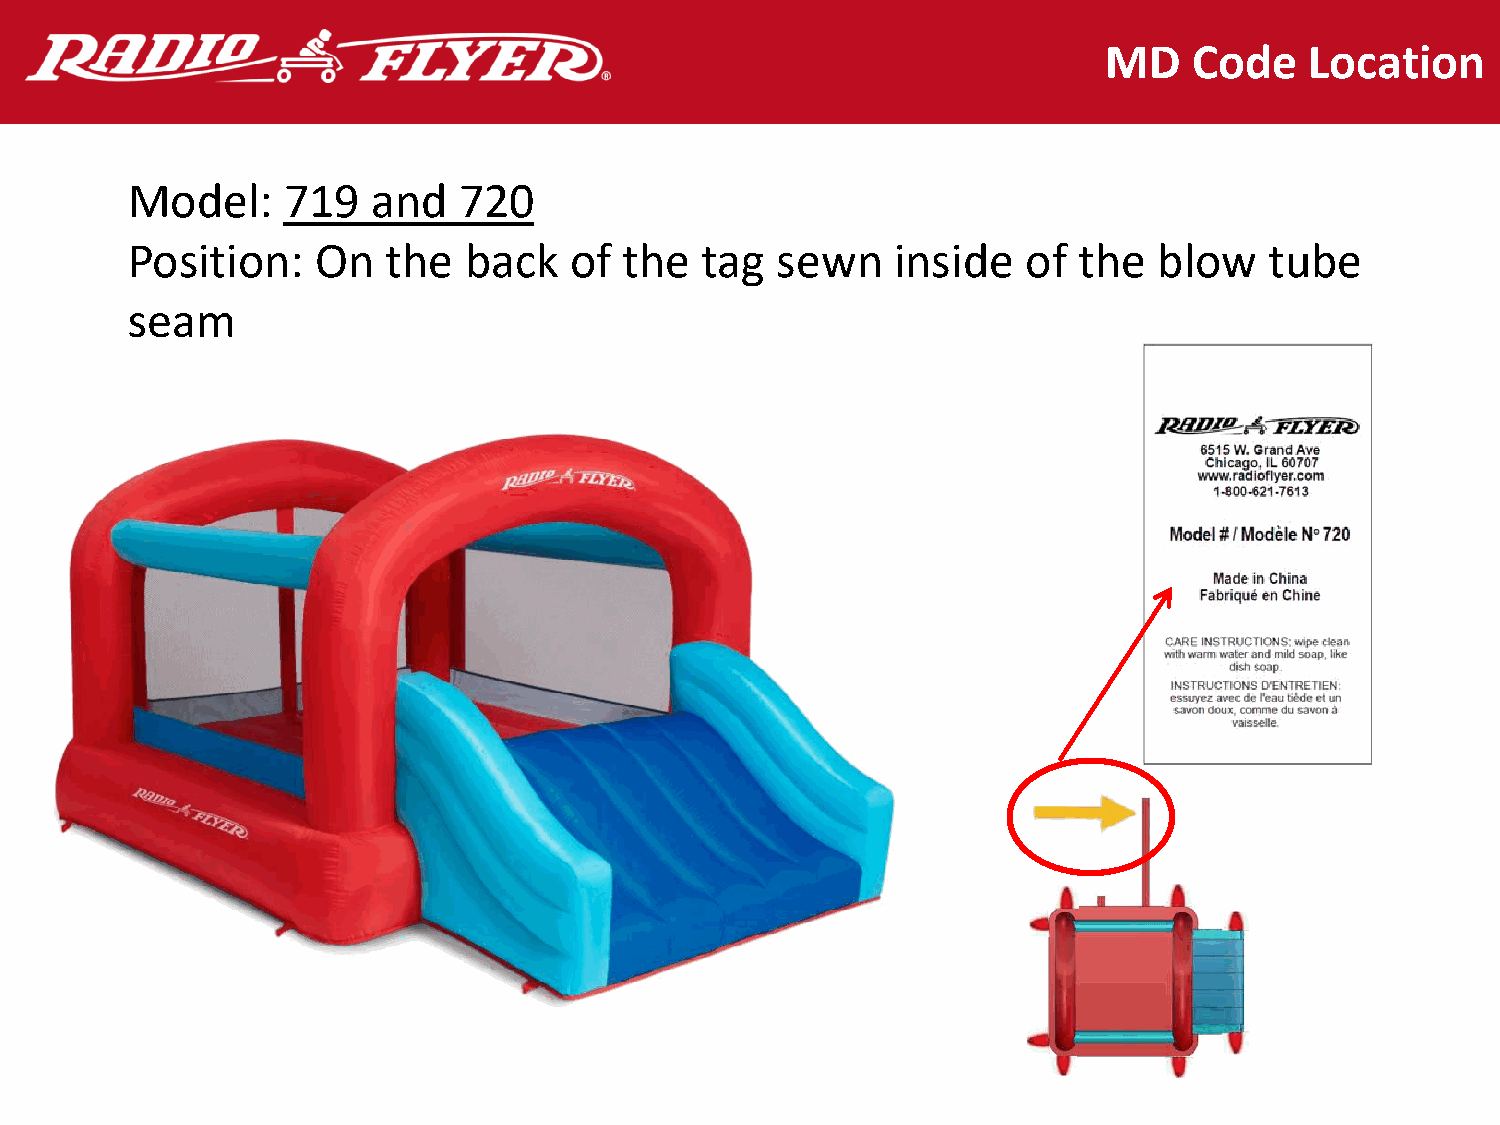
MD    Code    Location
 Model:     719   and  720
 Position:    On   the  back   of the  tag  sewn    inside   of the   blow   tube
 seam